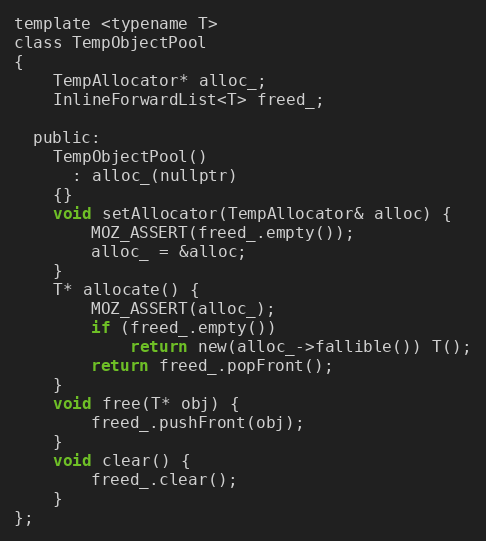
Language: C
template <typename T>
class TempObjectPool
{
    TempAllocator* alloc_;
    InlineForwardList<T> freed_;

  public:
    TempObjectPool()
      : alloc_(nullptr)
    {}
    void setAllocator(TempAllocator& alloc) {
        MOZ_ASSERT(freed_.empty());
        alloc_ = &alloc;
    }
    T* allocate() {
        MOZ_ASSERT(alloc_);
        if (freed_.empty())
            return new(alloc_->fallible()) T();
        return freed_.popFront();
    }
    void free(T* obj) {
        freed_.pushFront(obj);
    }
    void clear() {
        freed_.clear();
    }
};